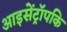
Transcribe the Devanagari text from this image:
आइसेंट्रॉपकि